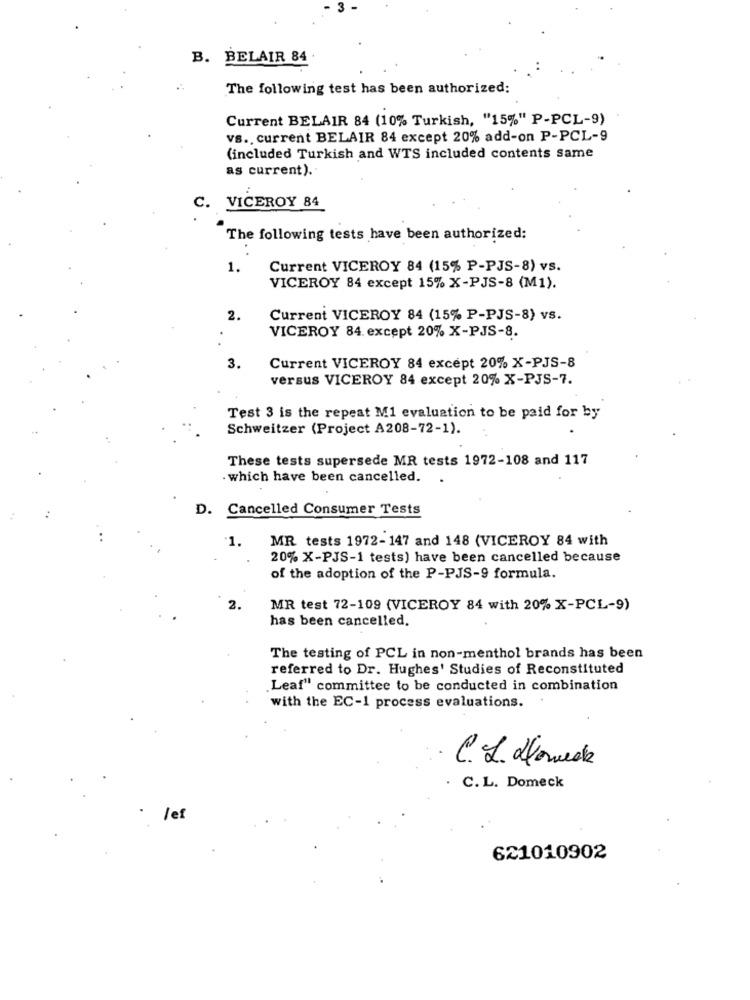
B. BELAIR 84
The following test has been authorized:
Current BELAIR 84 (10% Turkish, "15%" P-PCL-9)
vs ., current BELAIR 84 except 20% add-on P-PCL-9
(included Turkish and WTS included contents same
as current).
VICEROY 84
c.
The following tests have been authorized:
1.
Current VICEROY 84 (15% P-PJS-8) vs.
VICEROY 84 except 15% X-PJS-8 (M1).
2.
Current VICEROY 84 (15% P-PJS-8) vs.
VICEROY 84. except 20% X-PJS-8.
3.
Current VICEROY 84 except 20% X-PJS-8
versus VICEROY 84 except 20% X-PJS-7.
Test 3 is the repeat M1 evaluation to be paid for by
Schweitzer (Project A208-72-1).
These tests supersede MR tests 1972-108 and 117
which have been cancelled.
D. Cancelled Consumer Tests
1.
MR tests 1972-147 and 148 (VICEROY 84 with
20% X-PJS-1 tests) have been cancelled because
of the adoption of the P-PJS-9 formula.
MR test 72-109 (VICEROY 84 with 20% X-PCL-9)
has been cancelled.
The testing of PCL in non-menthol brands has been
referred to Dr. Hughes' Studies of Reconstituted
.Leaf" committee to be conducted in combination
with the EC-1 process evaluations.
C. L. Homede
C. L. Domeck
le
621010902